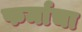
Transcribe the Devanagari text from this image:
फर्माचा